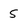
Character: 5